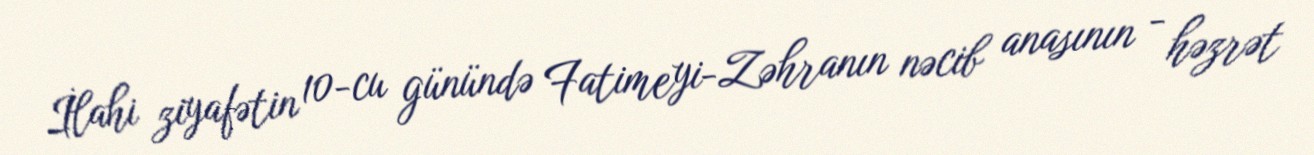
İlahi ziyafətin 10-cu günündə Fatimeyi-Zəhranın nəcib anasının - həzrət